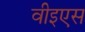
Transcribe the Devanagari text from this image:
वीइएस